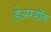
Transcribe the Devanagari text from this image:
हेअरडॉक